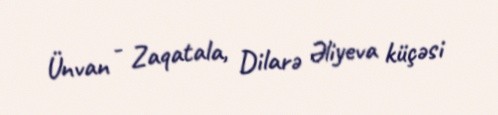
Ünvan - Zaqatala, Dilarə Əliyeva küçəsi